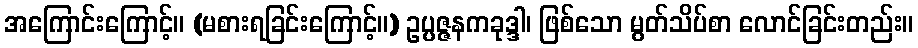
အကြောင်းကြောင့်။ (မစားရခြင်းကြောင့်။) ဥပ္ပဇ္ဇနကခုဒ္ဒါ၊ ဖြစ်သော မွတ်သိပ်စာ လောင်ခြင်းတည်း။